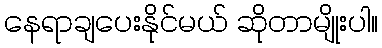
နေရာချပေးနိုင်မယ် ဆိုတာမျိုးပါ။